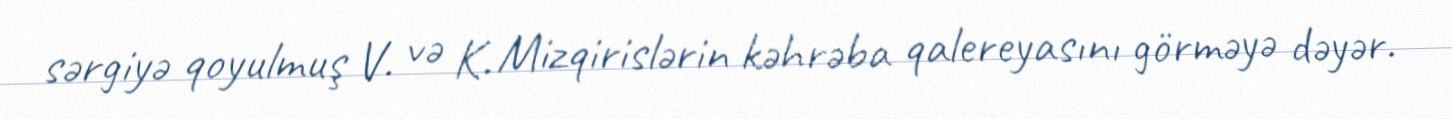
sərgiyə qoyulmuş V. və K. Mizqirislərin kəhrəba qalereyasını görməyə dəyər.